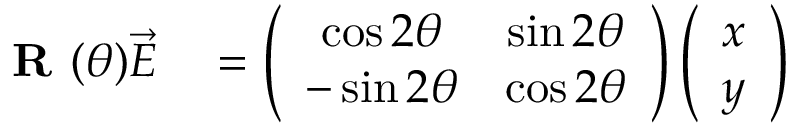
\begin{array} { r l } { \textbf { R } ( \theta ) \vec { E } } & { { } = \left( \begin{array} { c c } { \cos 2 \theta } & { \sin 2 \theta } \\ { - \sin 2 \theta } & { \cos 2 \theta } \end{array} \right) \left( \begin{array} { c c } { x } \\ { y } \end{array} \right) } \end{array}